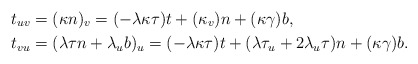
\begin{align*}t_{uv} & =(\kappa n)_{v}=(-\lambda\kappa\tau)t+(\kappa_{v})n+(\kappa\gamma)b,\\t_{vu} & =(\lambda\tau n+\lambda_{u}b)_{u}=(-\lambda\kappa\tau)t+(\lambda\tau_{u}+2\lambda_{u}\tau)n+(\kappa\gamma)b.\end{align*}